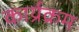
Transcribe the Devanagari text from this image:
कार्य्रक्रम